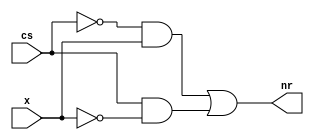
module s(output nr, input cs, input x);

	assign nr = ((~cs) & x) | (cs & (~x));

endmodule